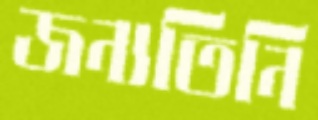
জন্যতিনি